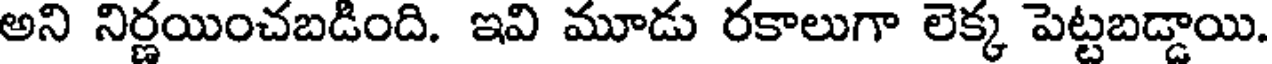
అని నిర్ణయించబడింది. ఇవి మూడు రకాలుగా లెక్క పెట్టబడ్డాయి.